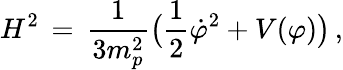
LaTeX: H^{2}\, =\, {\frac{1}{3m_{p}^{2}}}\bigl({\frac{1}{2}}{\dot{\varphi}}^{2}+V(\varphi)\bigr)\, ,